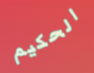
الحكيم